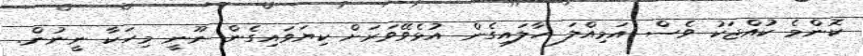
ކޮންމެ ކުއްޖަކު ވެސް އަމިއްލަ ހާލައިގެން އުޅެވޭވަރަށް ކިޔަވައިގެން ނޫނީ މިހަކާ ނީނުން.